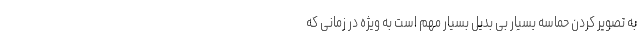
به تصویر کردن حماسه بسیار بی بدیل بسیار مهم است به ویژه در زمانی که